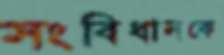
সংবিধানকে